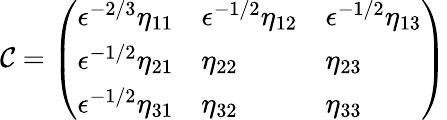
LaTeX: \mathcal{C}=\left(\begin{array}{lll}{\epsilon^{-2/3}\eta_{11}}&{\epsilon^{-1/2}\eta_{12}}&{\epsilon^{-1/2}\eta_{13}}\\ {\epsilon^{-1/2}\eta_{21}}&{\eta_{22}}&{\eta_{23}}\\ {\epsilon^{-1/2}\eta_{31}}&{\eta_{32}}&{\eta_{33}}\end{array}\right)